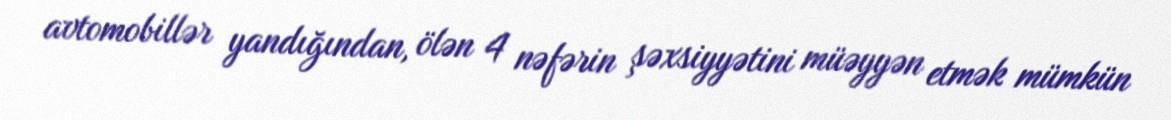
avtomobillər yandığından, ölən 4 nəfərin şəxsiyyətini müəyyən etmək mümkün